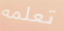
تعلمه